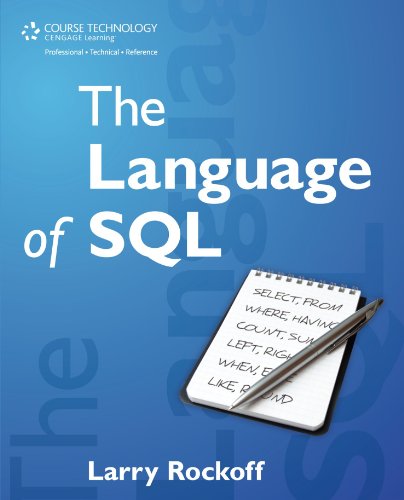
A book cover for The Language of SQL: How to Access Data in Relational Databases; Larry Rockoff; Computers & Technology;